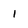
Character: i